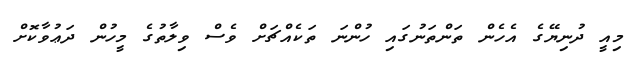
މިއީ ދުނިޔޭގެ އެހެން ތަންތަނުގައި ހުންނަ ތަކެއްޗަށް ވެސް ވިލާތުގެ މީހުން ދަޢުވާކޮށް